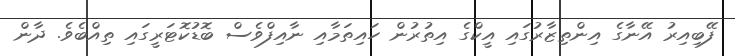
ފޭބިއިރު އޭނާގެ އިންތިޒާރުގައި އީކްގެ އިތުރުން ހައިތަމާއި ނާއިފްވެސް ބޮޑުކޮޓަރީގައި ތިއްބެވެ. ދާން